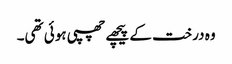
وہ درخت کے پیچھے چھپی ہوئی تھی۔